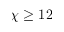
\chi \geq 1 2